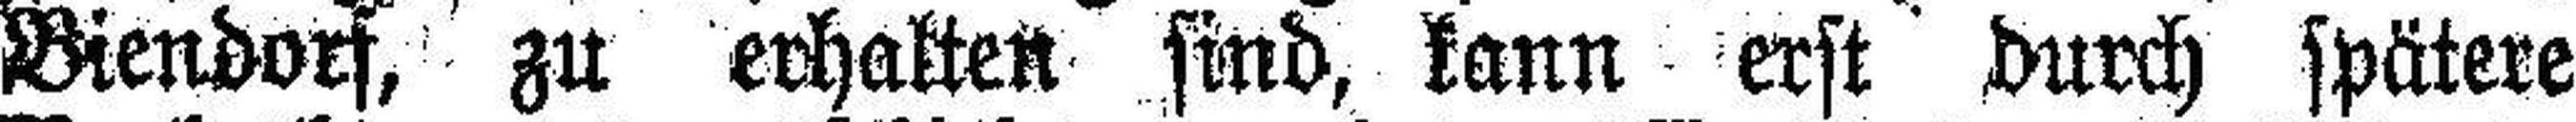
Biendoch, zu erhalten sind, kann erst durch spätere